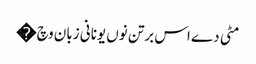
مٹی دے اس برتن نوں یونانی زبان وچ �